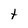
Character: t